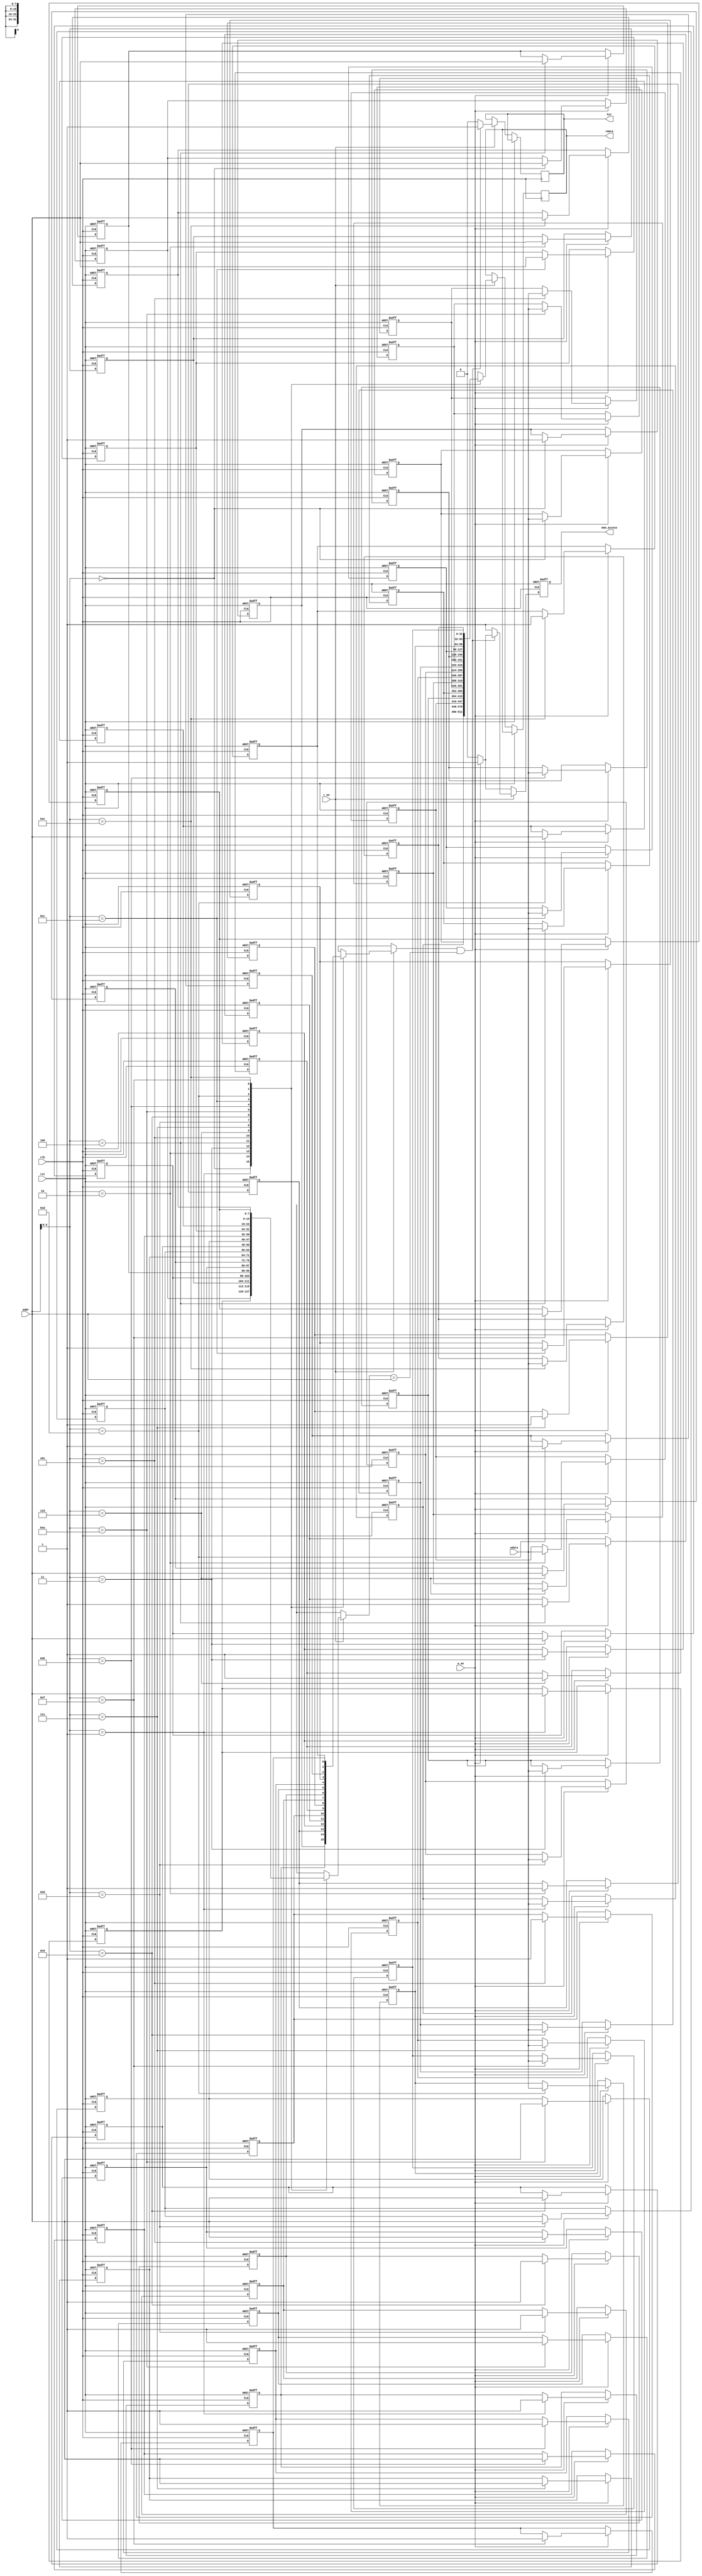
module WriteThroughCache #(
    parameter CACHE_SIZE = 16, // Number of cache lines
    parameter ADDR_WIDTH = 8,   // Address width
    parameter DATA_WIDTH = 32   // Data width
)(
    input wire clk,
    input wire rst,
    input wire [ADDR_WIDTH-1:0] addr,
    input wire [DATA_WIDTH-1:0] wdata,
    input wire r_en,
    input wire w_en,
    output reg [DATA_WIDTH-1:0] rdata,
    output reg hit,
    output reg mem_access
);

    // Cache storage and tag storage
    reg [DATA_WIDTH-1:0] cache_data [0:CACHE_SIZE-1];
    reg [ADDR_WIDTH-1:0] cache_tag [0:CACHE_SIZE-1];
    reg valid [0:CACHE_SIZE-1];

    // Cache index and tag extraction
    wire [ADDR_WIDTH-1:0] index = addr[ADDR_WIDTH-1:0]; // Assuming direct mapping for simplicity
    wire [ADDR_WIDTH-1:0] tag = addr[ADDR_WIDTH-1:0];   // Tag can be adjusted based on address structure

    integer i;

    // Reset logic
    always @(posedge clk or posedge rst) begin
        if (rst) begin
            for (i = 0; i < CACHE_SIZE; i = i + 1) begin
                valid[i] <= 1'b0;
                cache_data[i] <= {DATA_WIDTH{1'b0}};
                cache_tag[i] <= {ADDR_WIDTH{1'b0}};
            end
            mem_access <= 1'b0;
        end else begin
            mem_access <= 1'b0;

            // Write operation
            if (w_en) begin
                // Write to cache and memory
                cache_data[index] <= wdata;
                cache_tag[index] <= tag;
                valid[index] <= 1'b1;
                mem_access <= 1'b1; // Indicate memory access
            end

            // Read operation
            if (r_en) begin
                if (valid[index] && (cache_tag[index] == tag)) begin
                    // Cache hit
                    rdata <= cache_data[index];
                    hit <= 1'b1;
                end else begin
                    // Cache miss
                    rdata <= cache_data[index]; // Placeholder for memory read
                    hit <= 1'b0;
                    mem_access <= 1'b1; // Indicate memory access
                end
            end
        end
    end

endmodule